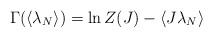
\begin{align*}\Gamma ( \langle \lambda_{N} \rangle ) =\ln Z(J) - \langle J \lambda_{N} \rangle\end{align*}